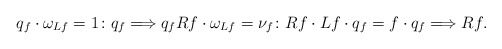
\begin{align*} q_f\cdot\omega_{Lf}=1\colon q_f\Longrightarrow q_f {R}f\cdot\omega_{Lf}=\nu_f\colon {R}f\cdot{L}f\cdot q_f= f\cdot q_f\Longrightarrow {R}f. \end{align*}